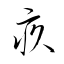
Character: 疚